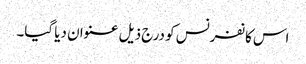
اس کانفرنس کو درج ذیل عنوان دیا گیا۔